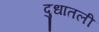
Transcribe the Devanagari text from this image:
दुधातली